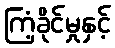
ကြံ့ခိုင်မှုနှင့်